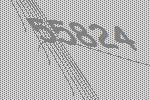
55824